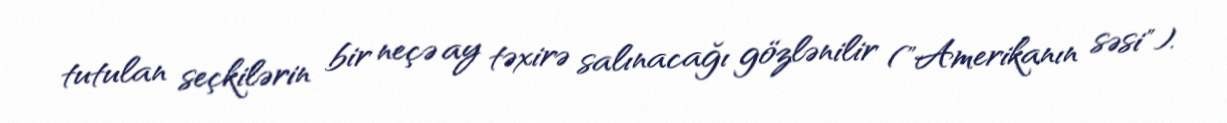
tutulan seçkilərin bir neçə ay təxirə salınacağı gözlənilir ("Amerikanın səsi").